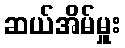
ဆယ်အိမ်မှူး